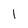
Character: l